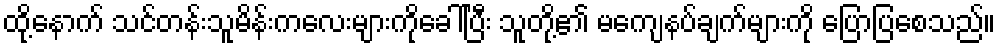
ထို့နောက် သင်တန်းသူမိန်းကလေးများကိုခေါ်ပြီး သူတို့၏ မကျေနပ်ချက်များကို ပြောပြစေသည်။